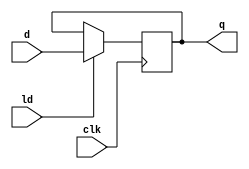
module register #(parameter WIDTH = 4)(
    input ld,
    input clk,
    input [WIDTH-1:0] d,
    output reg [WIDTH-1:0] q
    );
    
    always@(posedge clk)
        begin
            if(ld)
            q = d;
        else
            q = q;
    end

endmodule